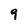
Character: 9